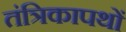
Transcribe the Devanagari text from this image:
तंत्रिकापथों